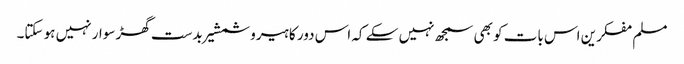
مسلم مفکرین اس بات کو بھی سمجھ نہیں سکے کہ اس دور کا ہیرو شمشیر بدست گھڑ سوار نہیں ہو سکتا۔